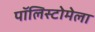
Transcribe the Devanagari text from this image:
पॉलिस्टोमेला